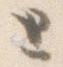
と